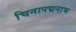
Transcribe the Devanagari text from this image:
चिनापद्मनाभ